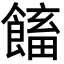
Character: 𩝲